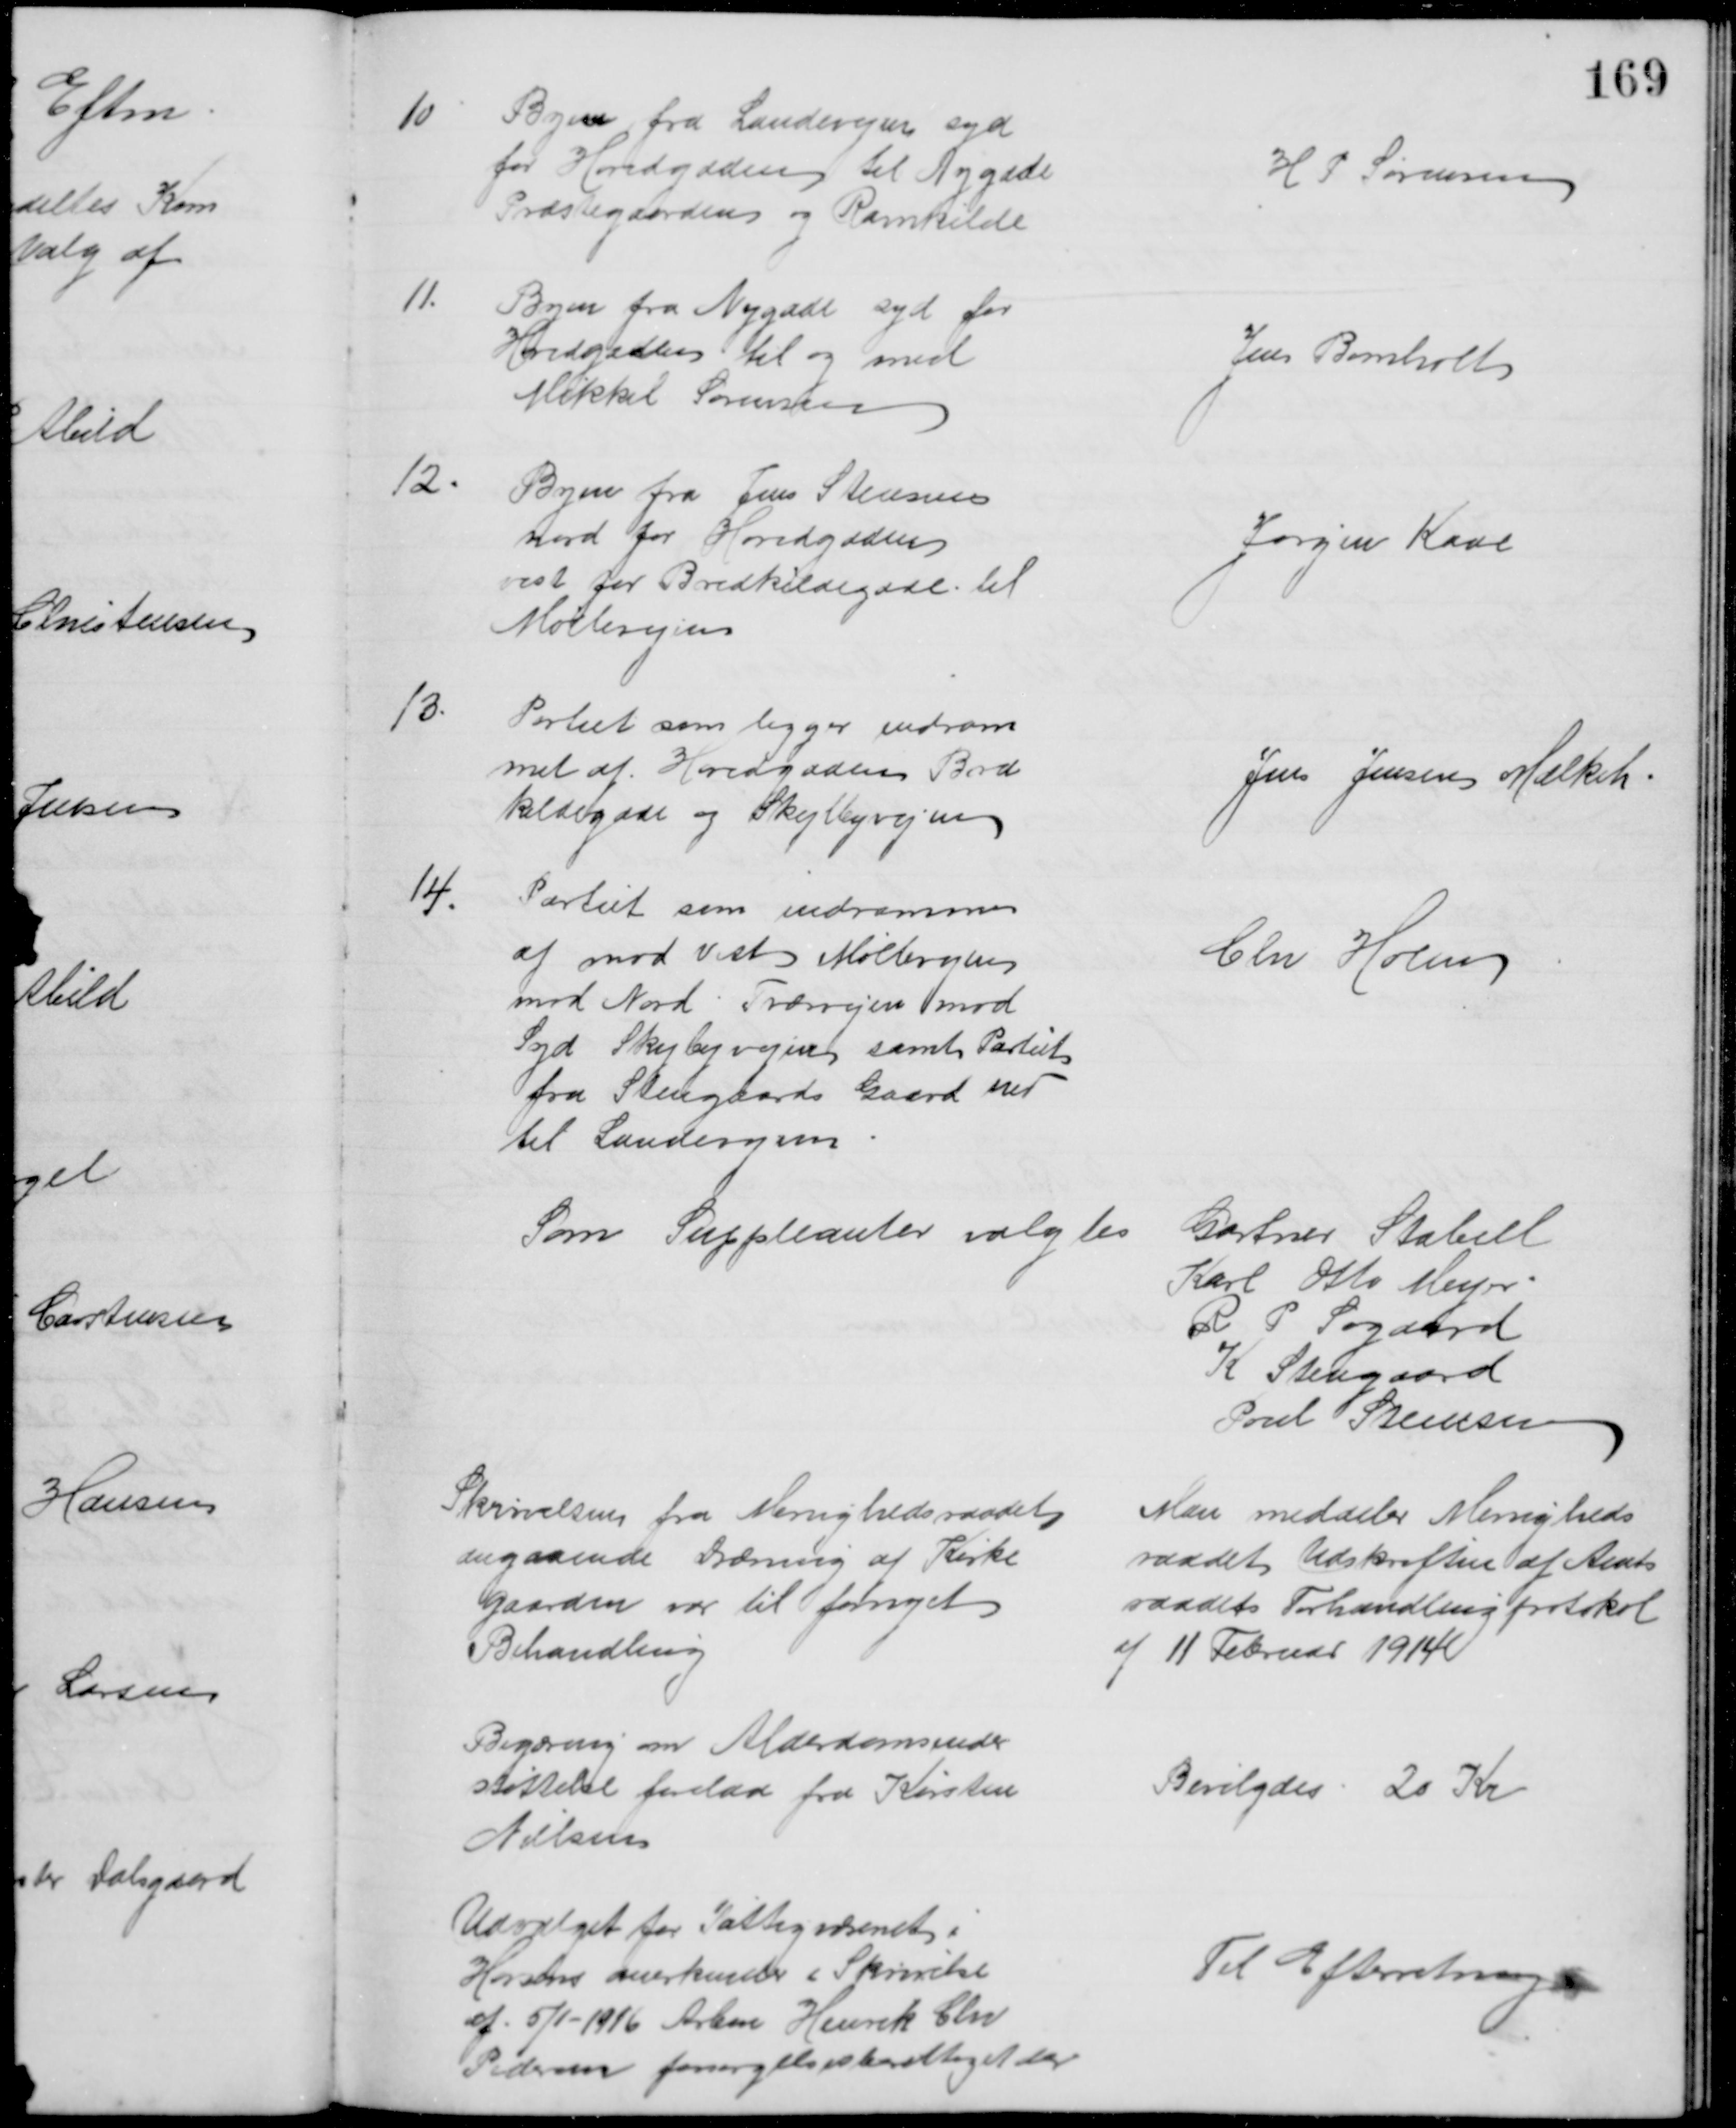
Transskription:
10
Byen fra Landevejen syd
for Hovedgaden til Nygade
Præstegaarden og Ravnkilde
H P Sørensen
11.
Byen fra Nygade syd for
Hovedgaden til og med
Mikkel Sørensen
Jens Bomholt
12.
Byen fra Jens Steensen
nord for Hovedgaden
vest for Bredkildegade til 
Møllevejen
Jørgen Kaae
13.
Partiet som ligger indram
met af Hovedgaden Bred
kildegade og Skejlbyvejen
Jens Jensen Mælkeh
14.
Partiet som indrammes
af mod vest Møllevejen
mod Nord Tværvejen mod
Syd Skejbyvejen samt Partiet
fra Stengaards Gaard ned
til Landevejen
Chr Holm
Som Suppleanter valgtes
Gartner Stabell
Karl Otto Meyer
R P Søgaard
K Stengaard
Poul Steensen
Skrivelsen fra Menighedsraadet
angaaende Dræning af Kirke
gaarden var til fornyet
Behandling
Man meddeler Menigheds
raadet Udskriften af Amts
raadets Forhandlingsprotokol
af 11 Februar 1914
Begæring om Alderdomsunder
støttelse forelaa fra Kirsten
Nielsen
Bevilgedes 20 Kr
Udvalget for Fattigvæsenet i
Horsens anerkender i Skrivelse
af 5/1-1916 Arbm Henrik Chr
Pedersen forsørgelsesberettiget der
Til Efterretning